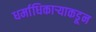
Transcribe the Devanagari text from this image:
धर्माधिकार्‍याकडून